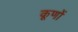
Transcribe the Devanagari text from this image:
कूणों